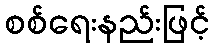
စစ်ရေးနည်းဖြင့်